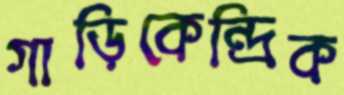
গাড়িকেন্দ্রিক